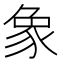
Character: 象